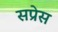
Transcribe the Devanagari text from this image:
सप्रेस